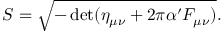
S = \sqrt { - \operatorname * { d e t } ( \eta _ { \mu \nu } + 2 \pi \alpha ^ { \prime } F _ { \mu \nu } ) } .